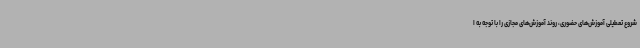
شروع تعطیلی آموزش‌های حضوری، روند آموزش‌های مجازی را با توجه به ا